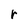
Character: r